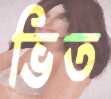
ভিত